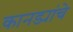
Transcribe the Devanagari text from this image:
कानड्यांचे